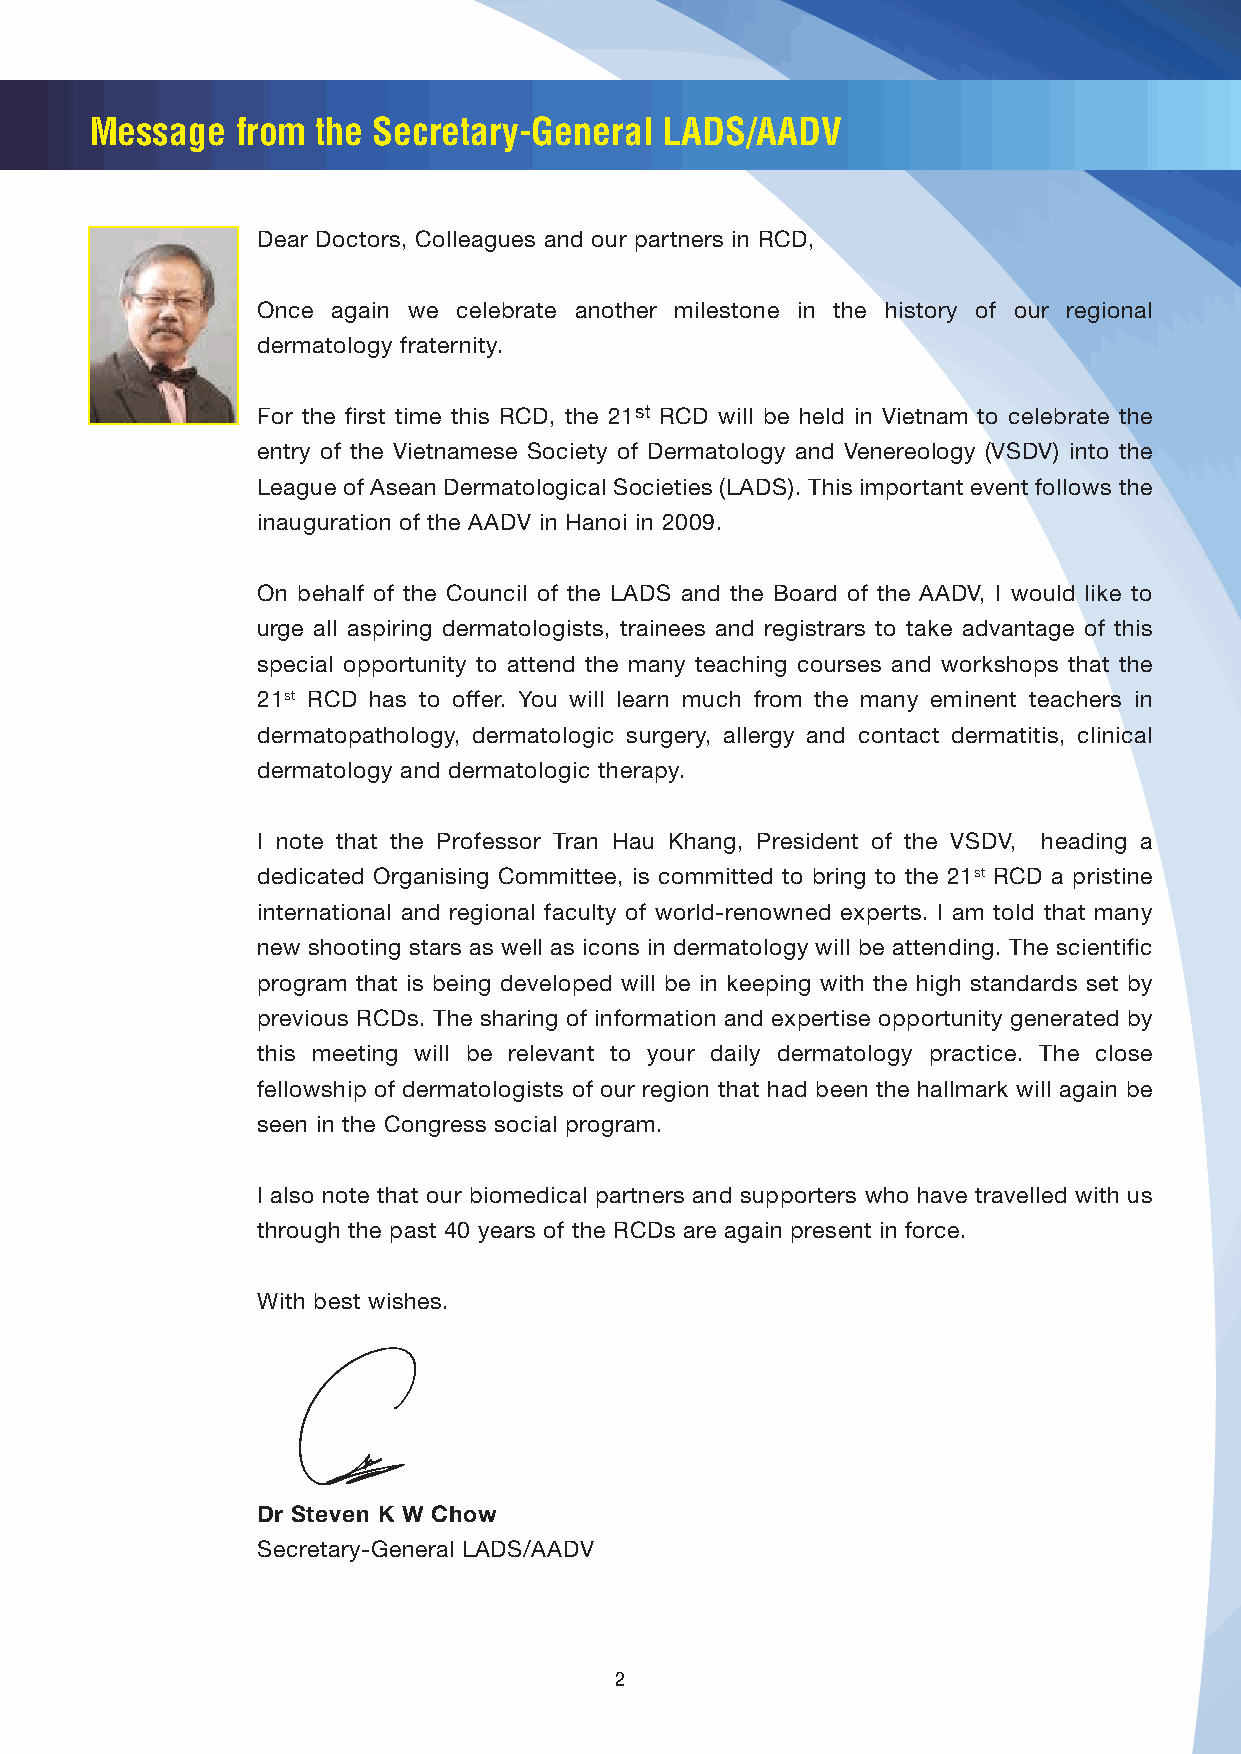
Message   from the Secretary-General  LADS/AADV
 Dear Doctors, Colleagues and our partners in RCD,
 Once again we celebrate another milestone in the history of our regional
 dermatology fraternity.
 For the first time this RCD, the 21st RCD will be held in Vietnam to celebrate the
 entry of the Vietnamese Society of Dermatology and Venereology (VSDV) into the
 League of Asean Dermatological Societies (LADS). This important event follows the
 inauguration of the AADV in Hanoi in 2009.
 On behalf of the Council of the LADS and the Board of the AADV, I would like to
 urge all aspiring dermatologists, trainees and registrars to take advantage of this
 special opportunity to attend the many teaching courses and workshops that the
 21st RCD has to offer. You will learn much from the many eminent teachers in
 dermatopathology, dermatologic surgery, allergy and contact dermatitis, clinical
 dermatology and dermatologic therapy.
 I note that the Professor Tran Hau Khang, President of the VSDV, heading a
 dedicated Organising Committee, is committed to bring to the 21st RCD a pristine
 international and regional faculty of world-renowned experts. I am told that many
 new shooting stars as well as icons in dermatology will be attending. The scientific
 program that is being developed will be in keeping with the high standards set by
 previous RCDs. The sharing of information and expertise opportunity generated by
 this meeting will be relevant to your daily dermatology practice. The close
 fellowship of dermatologists of our region that had been the hallmark will again be
 seen in the Congress social program.
 I also note that our biomedical partners and supporters who have travelled with us
 through the past 40 years of the RCDs are again present in force.
 With best wishes.
 Dr Steven K W Chow
 Secretary-General LADS/AADV
 2